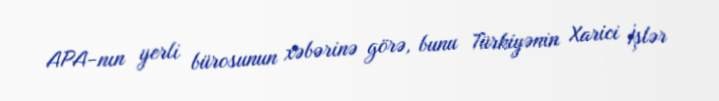
APA-nın yerli bürosunun xəbərinə görə, bunu Türkiyənin Xarici İşlər